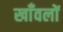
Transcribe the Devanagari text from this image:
खाँवलों